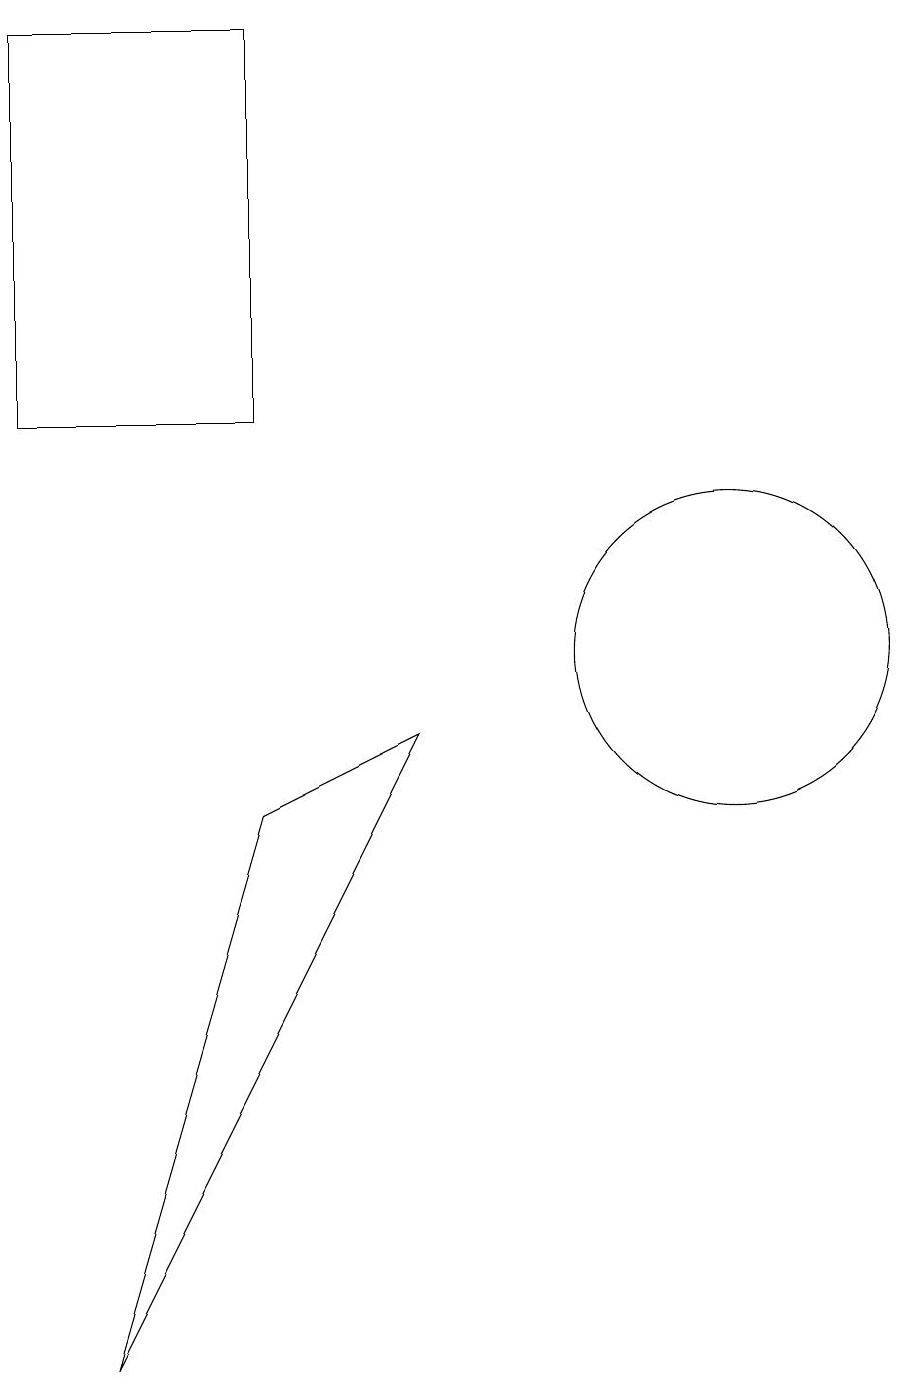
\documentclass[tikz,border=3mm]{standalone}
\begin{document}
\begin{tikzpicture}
\draw (6,9) -- (2,1) -- (4,8) -- cycle;
\draw (4,18) rectangle (1,13);
\draw (10,10) circle (2);
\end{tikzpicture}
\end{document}